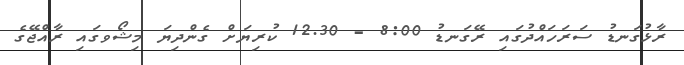
ރާޅުގަނޑު ސަރަހައްދުގައި ރޭގަނޑު 8:00 - 12.30 ކުރިޔަށް ގެންދިޔަ މިޝޯވގައި ރާއްޖޭގެ